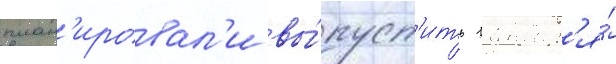
план'ировал'и вы́пуст'ить 1 январ'я́